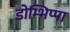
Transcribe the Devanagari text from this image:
डोम्भिप्पा